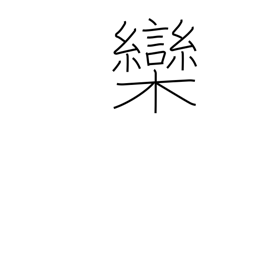
Meaning: chinaberry tree